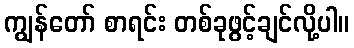
ကျွန်တော် စာရင်း တစ်ခုဖွင့်ချင်လို့ပါ။